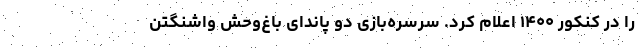
را در کنکور ۱۴۰۰ اعلام کرد. سرسره‌بازی دو پاندای باغ‌وحش واشنگتن